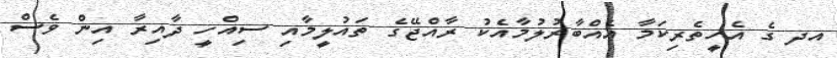
އދ ގެ އެހީތެރިކަމާ އެއްބާރުލުމާއެކު ރާއްޖޭގެ ތައުލީމާއި ސިއްހީ ދާއިރާ އިން ވެސް